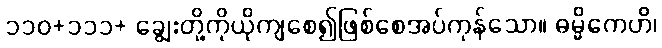
၁၁၀+၁၁၁+ ချွေးတို့ကိုယိုကျစေ၍ဖြစ်စေအပ်ကုန်သော။ ဓမ္မိကေဟိ၊